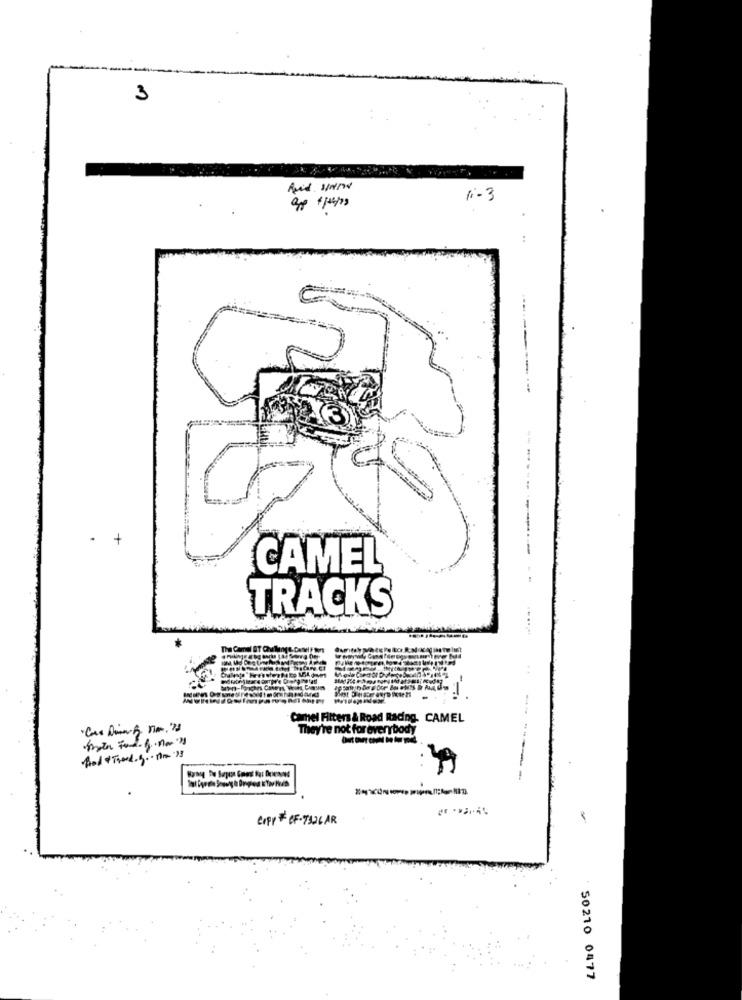
3
And. w/w/d
1-3
-------
.
+
CAMEL
TRACKS
The Comal ST QMl
Camel Filters & Road Racing. CAMEL
They're not for everybody
Bod&Trend. g .- nr 13
-
Copp #CF-7326 AR
50210 0477